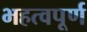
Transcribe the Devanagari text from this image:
भहत्वपूर्ण